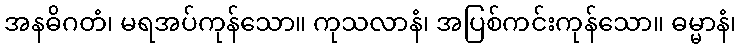
အနဓိဂတံ၊ မရအပ်ကုန်သော။ ကုသလာနံ၊ အပြစ်ကင်းကုန်သော။ ဓမ္မာနံ၊